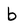
Character: b